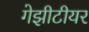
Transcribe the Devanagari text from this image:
गेझीटीयर